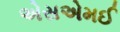
એસએમઈ